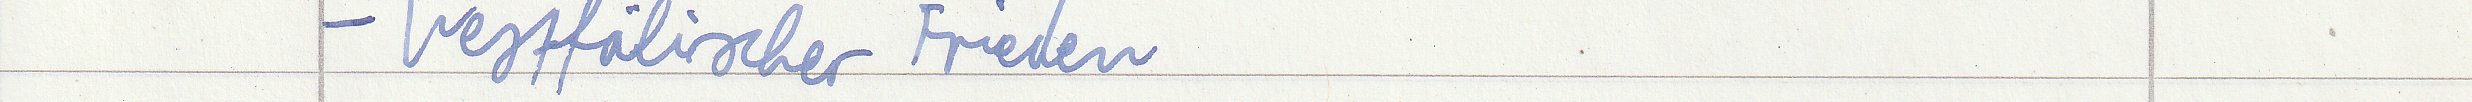
- Westfälischer Frieden